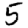
Digit: 5